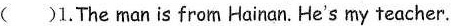
( )1.The man is from Hainan. He's my teacher.